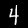
Label: 4